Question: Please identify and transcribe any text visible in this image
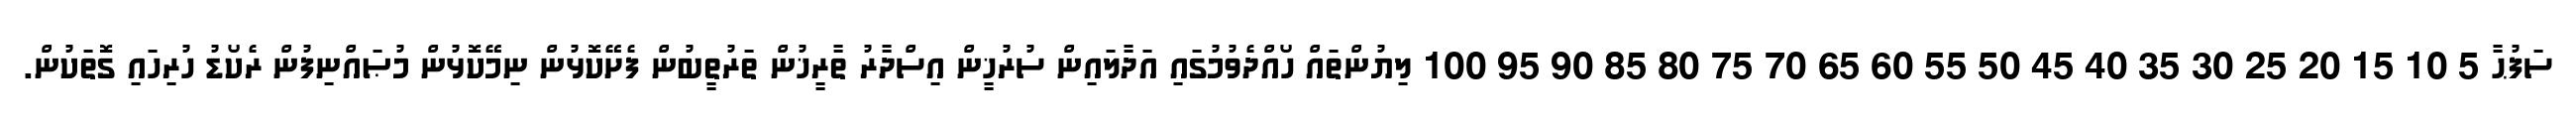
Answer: ސަފުޙާ 5 10 15 20 25 30 35 40 45 50 55 60 65 70 75 80 85 90 95 100 ލިޔުންތައް ހޯއްދެވުމުގައި އަދާލައިން ސުރުޚީން އިސްދާރު ތާރީޚުން ތަރުތީބުން ފެށޭކޮޅުން ނިމޭކޮޅުން މުޞައްނިފުން ރެކޯޑު ހުރިހައި ގޮތަކުން.